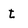
Character: t